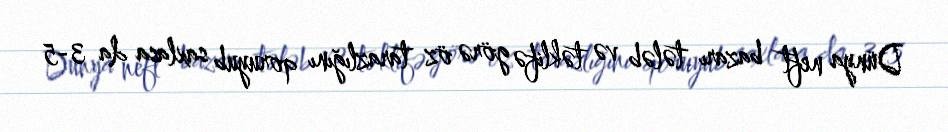
Dünya neft bazarı tələb və təklifə görə öz tarazlığını qoruyub saxlasa da 3-5